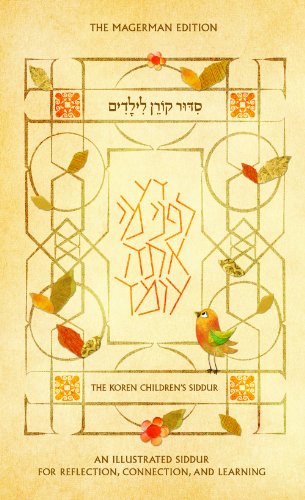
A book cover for Koren Children's Siddur: Ashkenaz(Hebrew/English Edition); Koren Publishers Jerusalem; Religion & Spirituality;